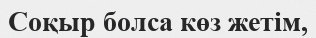
Соқыр болса көз жетім,